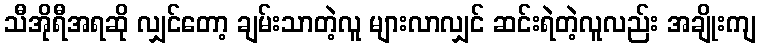
သီအိုရီအရဆို လျှင်တော့ ချမ်းသာတဲ့လူ များလာလျှင် ဆင်းရဲတဲ့လူလည်း အချိုးကျ